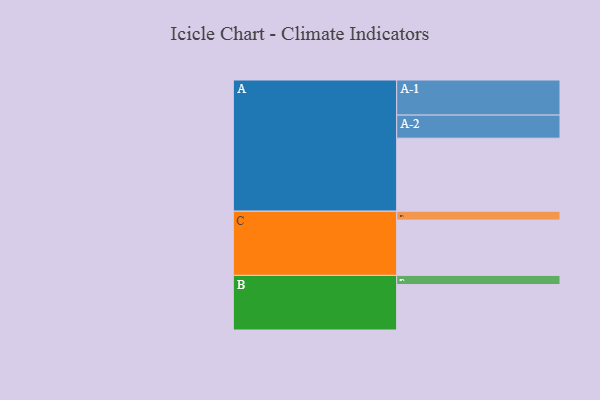
{"axis": {"x": "Segment", "y": "Value"}, "legend": ["", "A", "B", "C"], "data": [{"x": "A", "y": 572, "type": ""}, {"x": "B", "y": 356, "type": ""}, {"x": "C", "y": 433, "type": ""}, {"x": "A-1", "y": 275, "type": "A"}, {"x": "A-2", "y": 181, "type": "A"}, {"x": "B-1", "y": 72, "type": "B"}, {"x": "C-1", "y": 70, "type": "C"}]}